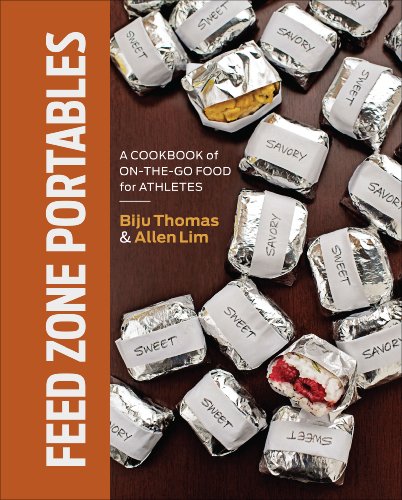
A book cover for Feed Zone Portables: A Cookbook of On-the-Go Food for Athletes (The Feed Zone Series); Biju K. Thomas; Cookbooks, Food & Wine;